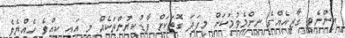
އިންނެވި ގާޒީއެއްގެ ނިންމެވުމަކަށް މިފަދަ ގޮތަކަށް ފާޑުކިޔުންތަކެއް މި އައީ ކީއްވެ ހެއްޔެވެ